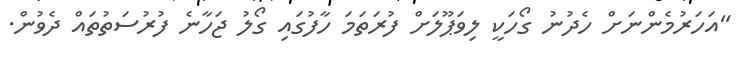
"އަހަރުމެންނަށް ހެދުނު ގޯހަކީ ލިވަޕޫލަށް ފުރަތަމަ ހާފުގައި ގޯލު ޖަހާނެ ފުރުސަތުތައް ދެވުން.